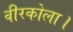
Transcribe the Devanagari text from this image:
वीरकोला।